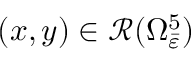
( x , y ) \in \mathcal { R } ( \Omega _ { \bar { \varepsilon } } ^ { 5 } )